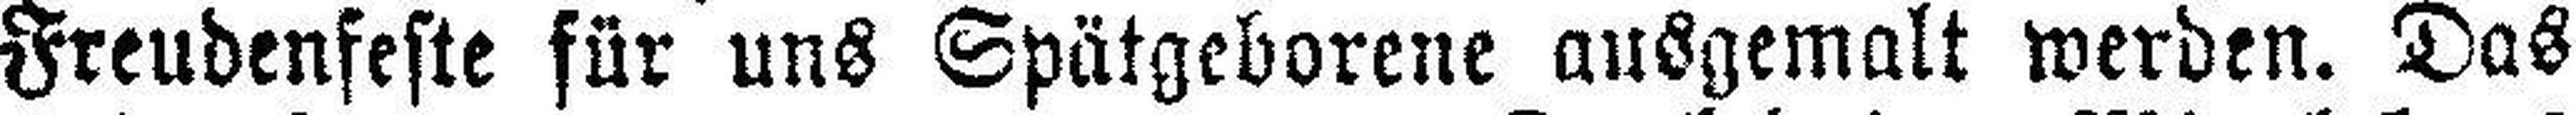
Freudenfeste für uns Spätgeborene ausgemalt werden. Das